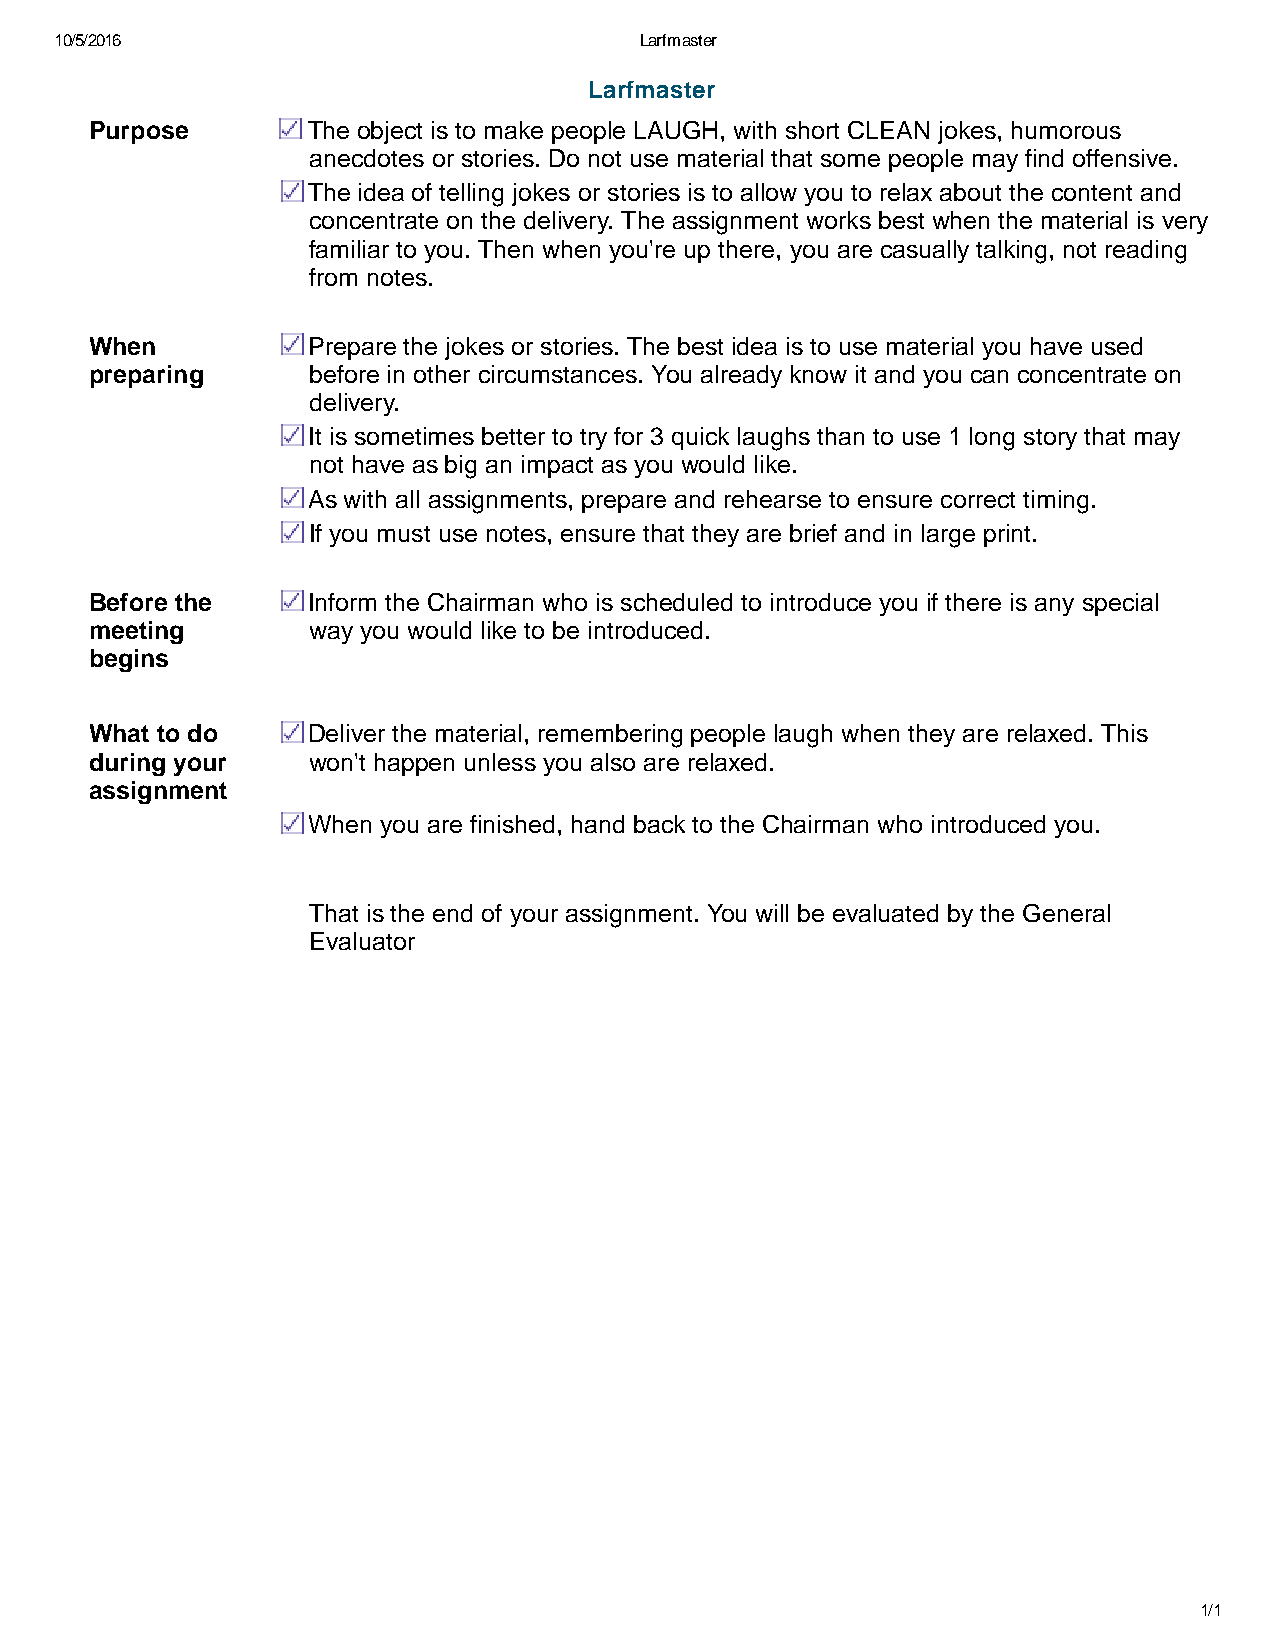
10/5/2016                             Larfmaster
 Larfmaster
 Purpose       The object is to make people LAUGH, with short CLEAN jokes, humorous
 anecdotes or stories. Do not use material that some people may find offensive.
 The idea of telling jokes or stories is to allow you to relax about the content and
 concentrate on the delivery. The assignment works best when the material is very
 familiar to you. Then when you're up there, you are casually talking, not reading
 from notes.
 When          Prepare the jokes or stories. The best idea is to use material you have used
 preparing     before in other circumstances. You already know it and you can concentrate on
 delivery.
 It is sometimes better to try for 3 quick laughs than to use 1 long story that may
 not have as big an impact as you would like.
 As with all assignments, prepare and rehearse to ensure correct timing.
 If you must use notes, ensure that they are brief and in large print.
 Before the    Inform the Chairman who is scheduled to introduce you if there is any special
 meeting       way you would like to be introduced.
 begins
 What to do    Deliver the material, remembering people laugh when they are relaxed. This
 during your   won't happen unless you also are relaxed.
 assignment
 When you are finished, hand back to the Chairman who introduced you.
 That is the end of your assignment. You will be evaluated by the General
 Evaluator
 1/1